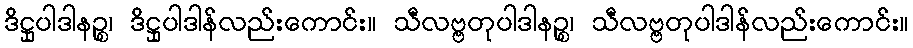
ဒိဋ္ဌုပါဒါနဉ္စ၊ ဒိဋ္ဌုပါဒါန်လည်းကောင်း။ သီလဗ္ဗတုပါဒါနဉ္စ၊ သီလဗ္ဗတုပါဒါန်လည်းကောင်း။